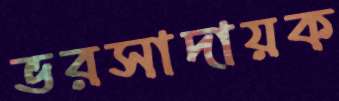
ভরসাদায়ক